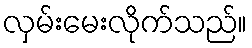
လှမ်းမေးလိုက်သည်။